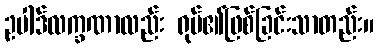
ဥပါဒ်လက္ခဏာလည်း ရုပ်၏ဖြစ်ခြင်းသာတည်း။